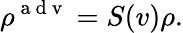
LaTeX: \rho^{\mathrm{~a~d~v~}}=S(v)\rho.